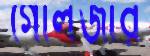
গোলজার